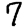
Digit: 7